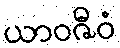
ယာဝဇီဝံ